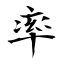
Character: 率